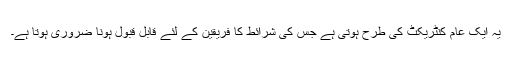
یہ ایک عام کنٹریکٹ کی طرح ہوتی ہے جس کی شرائط کا فریقین کے لئے قابل قبول ہونا ضروری ہوتا ہے۔